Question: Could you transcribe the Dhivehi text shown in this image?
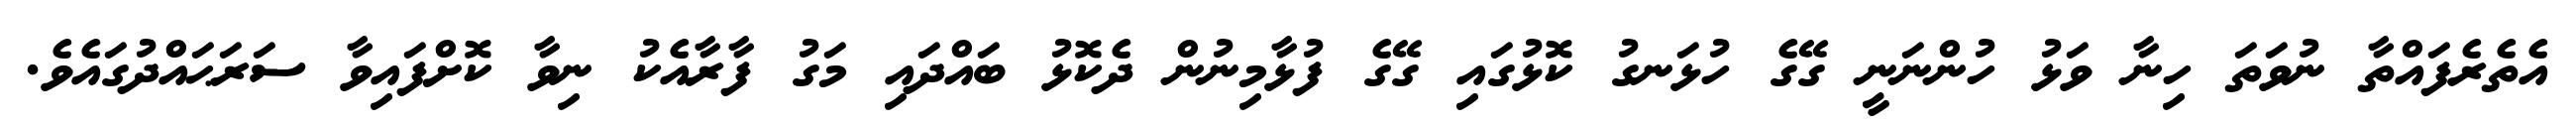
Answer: އެތެރެފައްތާ ނުވަތަ ހިނާ ވަޅު ހުންނަނީ ގޭގެ ހުޅަނގު ކޮޅުގައި ގޭގެ ފުޅާމިނުން ދެކޮޅު ބައްދައި މަގު ފާރާއެކު ނިވާ ކޮށްފައިވާ ސަރަޙައްދުގައެވެ.